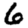
Digit: 6